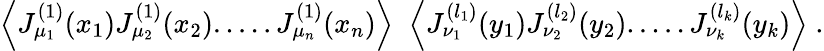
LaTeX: \Big\langle J_{\mu_{1}}^{(1)}(x_{1})J_{\mu_{2}}^{(1)}(x_{2}).....J_{\mu_{n}}^{(1)}(x_{n})\Big\rangle\; \; \Big\langle J_{\nu_{1}}^{(l_{1})}(y_{1})J_{\nu_{2}}^{(l_{2})}(y_{2}).....J_{\nu_{k}}^{(l_{k})}(y_{k})\Big\rangle\; .